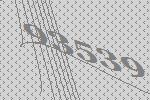
93539